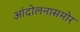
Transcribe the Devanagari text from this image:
आंदोलनासमोर